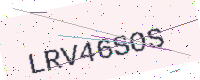
Text: LRV46SOS